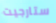
ستارجيت